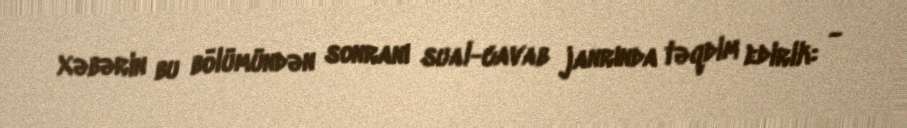
Xəbərin bu bölümündən sonranı sual-cavab janrında təqdim edirik: -